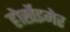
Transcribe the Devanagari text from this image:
होर्खेइमेर